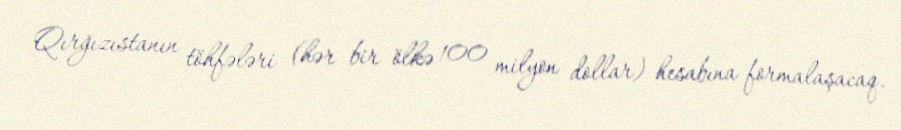
Qırğızıstanın töhfələri (hər bir ölkə 100 milyon dollar) hesabına formalaşacaq.